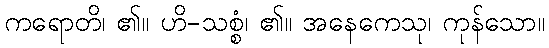
ကရောတိ၊ ၏။ ဟိ-သစ္စံ၊ ၏။ အနေကေသု၊ ကုန်သော။